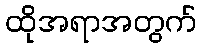
ထိုအရာအတွက်